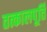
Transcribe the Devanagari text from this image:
तत्कालपूर्ति